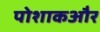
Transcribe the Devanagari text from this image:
पोशाकऔर